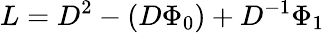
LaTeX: L=D^{2}-(D\Phi_{0})+D^{-1}\Phi_{1}